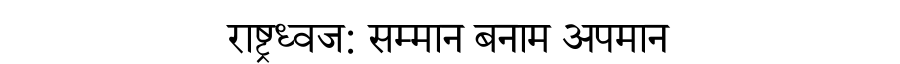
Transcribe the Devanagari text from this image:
राष्ट्रध्वज: सम्मान बनाम अपमान